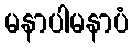
မနာပါမနာပံ